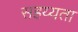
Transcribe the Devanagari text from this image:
सहय्यता